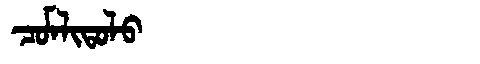
Manchu: ᠴᠣᠮᠯᡳᡨᠣᠯᠣ
Romanization: COMLITOLO